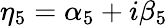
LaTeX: \eta_{5}=\alpha_{5}+i\beta_{5}